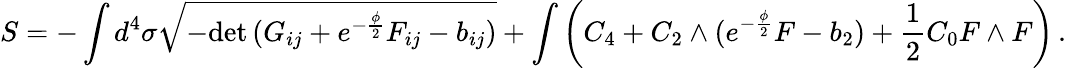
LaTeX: S=-\int d^{4}\sigma\sqrt{-\mathrm{det}\, (G_{ij}+e^{-\frac{\phi}{2}}F_{ij}-b_{ij})}+\int\left(C_{4}+C_{2}\wedge(e^{-\frac{\phi}{2}}F-b_{2})+\frac{1}{2}C_{0}F\wedge F\right)\, .